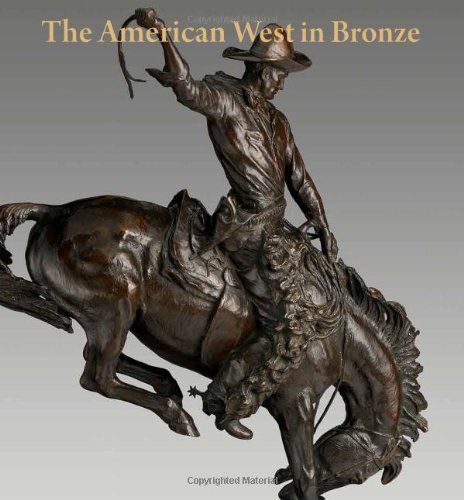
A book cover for The American West in Bronze, 1850EE1925 (Metropolitan Museum of Art); Thayer Tolles; Arts & Photography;